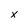
Character: x